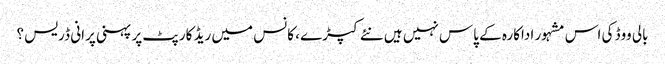
بالی ووڈ کی اس مشہور اداکارہ کے پاس نہیں ہیں نئے کپڑے ، کانس میں ریڈ کارپٹ پر پہنی پرانی ڈریس ؟